Vaccination in Bombay 1913-1923 - 1913-1923
Year: 1913
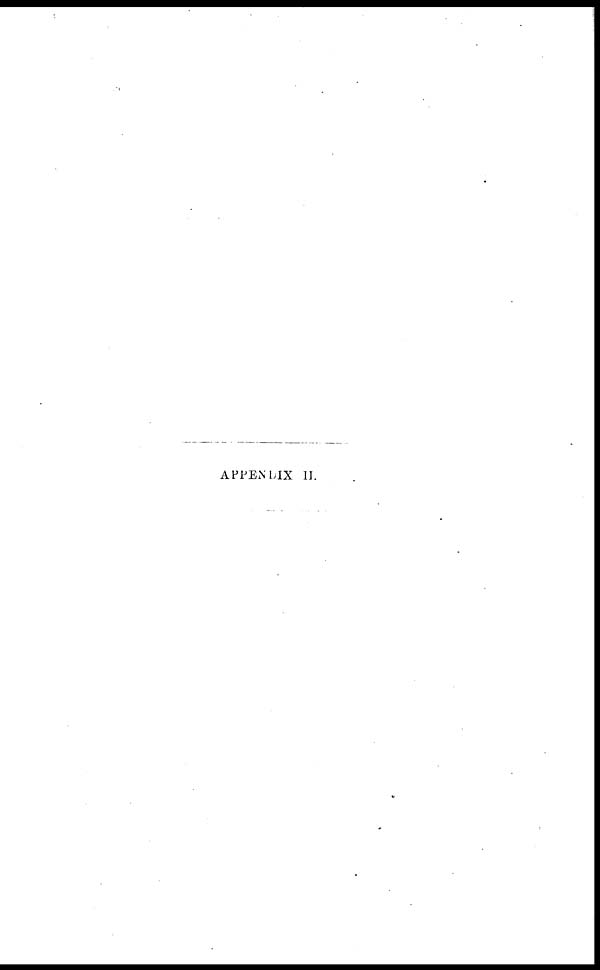
APPENDIX II.